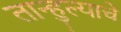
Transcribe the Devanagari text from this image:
तान्हुल्याचे